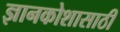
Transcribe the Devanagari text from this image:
ज्ञानकोशासाठी